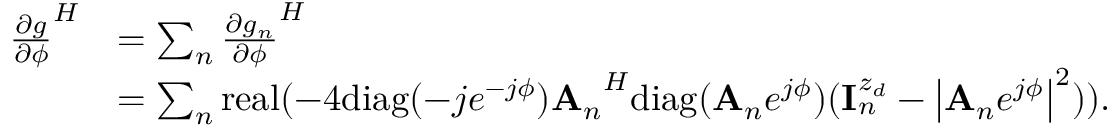
\begin{array} { r l } { { \frac { \partial g } { \partial \phi } } ^ { H } } & { = \sum _ { n } { \frac { \partial g _ { n } } { \partial \phi } } ^ { H } } \\ & { = \sum _ { n } \mathrm { r e a l } ( - 4 \mathrm { d i a g } ( - j e ^ { - j \phi } ) { { \bf A } _ { n } } ^ { H } \mathrm { d i a g } ( { { \bf A } _ { n } } e ^ { j \phi } ) ( { \bf { I } } _ { n } ^ { z _ { d } } - \left| { { \bf A } _ { n } } e ^ { j \phi } \right| ^ { 2 } ) ) . } \end{array}